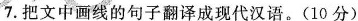
7.把文中画线的句子翻译成现代汉语。(10分)